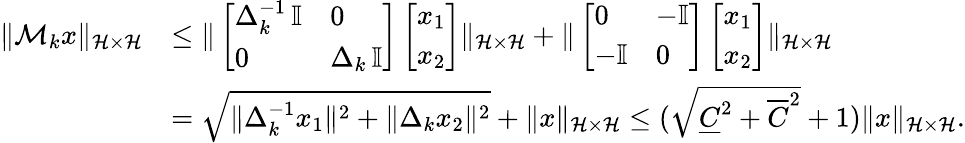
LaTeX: \begin{array}{rl}{\Vert\mathcal M_{k}x\Vert_{\mathcal H\times\mathcal H}}&{\leq\Vert\left[\begin{array}{ll}{\Delta_{k}^{-1}\, \mathbb I}&{0}\\ {0}&{\Delta_{k}\, \mathbb I}\end{array}\right]\left[\begin{array}{l}{x_{1}}\\ {x_{2}}\end{array}\right]\Vert_{\mathcal H\times\mathcal H}+\Vert\left[\begin{array}{ll}{0}&{-\mathbb I}\\ {-\mathbb I}&{0}\end{array}\right]\left[\begin{array}{l}{x_{1}}\\ {x_{2}}\end{array}\right]\Vert_{\mathcal H\times\mathcal H}}\\ &{=\sqrt{\Vert\Delta_{k}^{-1}x_{1}\Vert^{2}+\Vert\Delta_{k}x_{2}\Vert^{2}}+\Vert x\Vert_{\mathcal H\times\mathcal H}\leq(\sqrt{\underline{{C}}^{2}+\overline{{C}}^{2}}+1)\Vert x\Vert_{\mathcal H\times\mathcal H}.}\end{array}